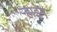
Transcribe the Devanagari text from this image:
ऱ्हाइम